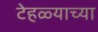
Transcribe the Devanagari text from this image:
टेहळ्याच्या